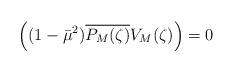
LaTeX: \begin{align*}\left( (1-\bar{\mu}^2)\overline{P_M(\zeta)} V_M(\zeta)\right) = 0\end{align*}